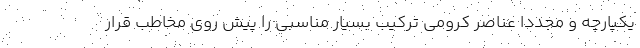
یکپارچه و مجددا عناصر کرومی ترکیب بسیار مناسبی را پیش روی مخاطب قرار